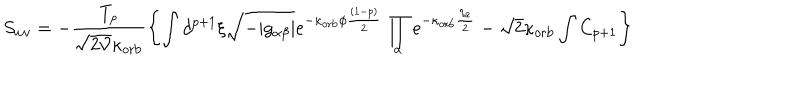
S _ { w v } = - \frac { T _ { p } } { \sqrt { 2 { \cal V } } \kappa _ { \mathrm { o r b } } } \left\{ \int d ^ { p + 1 } \xi \sqrt { - | g _ { \alpha \beta } | } e ^ { - \kappa _ { \mathrm { o r b } } \phi \frac { ( 1 - p ) } { 2 } } \prod _ { a } e ^ { - \kappa _ { \mathrm { o r b } } \frac { \eta _ { a } } { 2 } } - \sqrt { 2 } \kappa _ { \mathrm { o r b } } \int C _ { p + 1 } \right\}